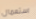
استعمال